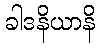
ခါဒနိယာနိ